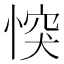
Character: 𢝀